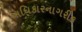
અધિકારનાગરીક